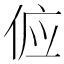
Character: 𬾖